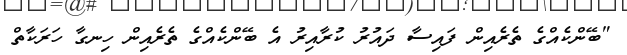
"ބޭންކެއްގެ ތެރެއިން ފައިސާ ދައުރު ކުރާއިރު އެ ބޭންކެއްގެ ތެރެއިން ހިނގާ ހަރަކާތް